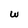
Character: w